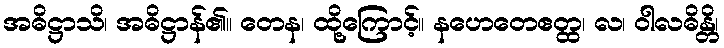
အဓိဋ္ဌာသိ၊ အဓိဋ္ဌာန်၏။ တေန၊ ထို့ကြောင့်။ နဟေတေဧတ္ထ၊ လ၊ ဝါလဓိန္တိ၊